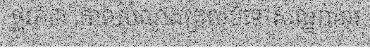
ផ្លូវ៦៣ គោលបំណងត្រលប់ទៅសណ្ឋាគារ